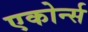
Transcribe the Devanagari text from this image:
एकोर्न्स